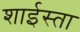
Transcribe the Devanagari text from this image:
शाईस्ता